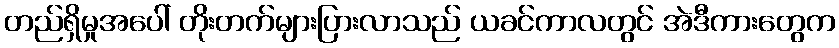
တည်ရှိမှုအပေါ် တိုးတက်များပြားလာသည် ယခင်ကာလတွင် အဲဒီကားတွေက